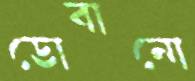
ডোবানো